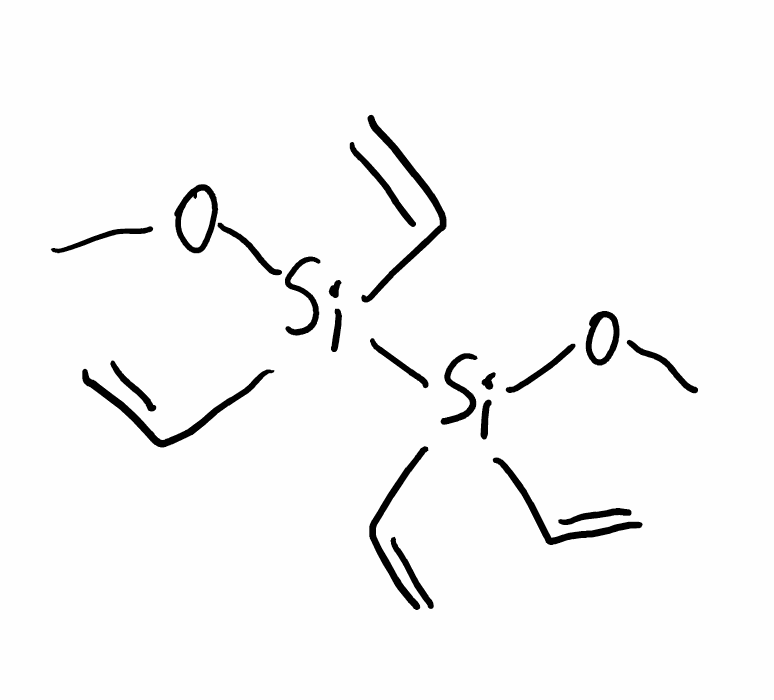
Simplified molecular-input line-entry system (SMILES) notation of the given molecule:
CO[Si](C=C)(C=C)[Si](C=C)(C=C)OC